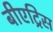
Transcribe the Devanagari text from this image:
बीएट्रिस